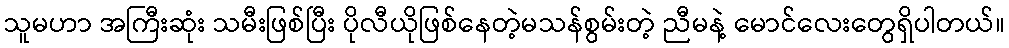
သူမဟာ အကြီးဆုံး သမီးဖြစ်ပြီး ပိုလီယိုဖြစ်နေတဲ့မသန်စွမ်းတဲ့ ညီမနဲ့ မောင်လေးတွေရှိပါတယ်။